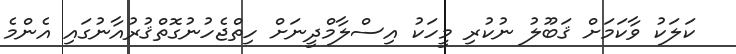
ކަލަކު ވާކަމަށް ޤަބޫލު ނުކުރި މީހަކު އިސްލާމްދީނަށް ހިތްޖެހުނުގޮތްޤުރުއާނުގައި އެންމެ